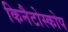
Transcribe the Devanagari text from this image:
किनैटोस्कोप